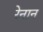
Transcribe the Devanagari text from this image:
रेनान